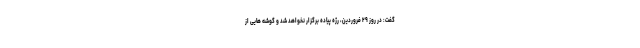
گفت: در روز ۲۹ فروردین، رژه پیاده برگزار نخواهد شد و گوشه هایی از